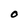
Character: O